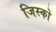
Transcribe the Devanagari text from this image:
जिस्को